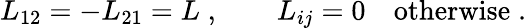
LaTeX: L_{12}=-L_{21}=L\; ,\qquad L_{ij}=0\quad\mathrm{otherwise}\; .